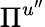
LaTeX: \Pi^{u^{\prime\prime}}